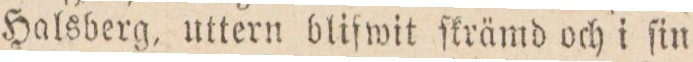
Halsberg, uttern bliſwit fkrämd och i ſin